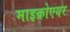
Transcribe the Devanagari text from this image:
माइक्रोएयर